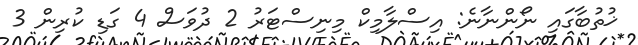
ޚުތުބާގައި ނޯންނާނެ: އިސްލާމިކް މިނިސްޓަރު 2 ދުވަސް 4 ގަޑި ކުރިން 3